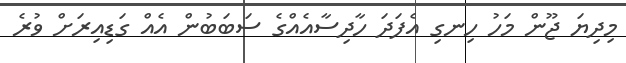
މިދިޔަ ޖޫން މަހު ހިނގި އެފަދަ ހާދިސާއެއްގެ ސަބަބުން އެއް ގަޑިއިރަށް ވުރެ